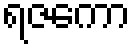
ရဇကော